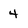
Character: 4